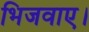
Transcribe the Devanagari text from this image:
भिजवाए।